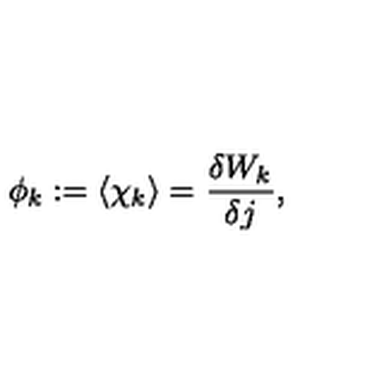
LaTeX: \phi _ { k } : = \langle \chi _ { k } \rangle = \frac { \delta W _ { k } } { \delta j } ,